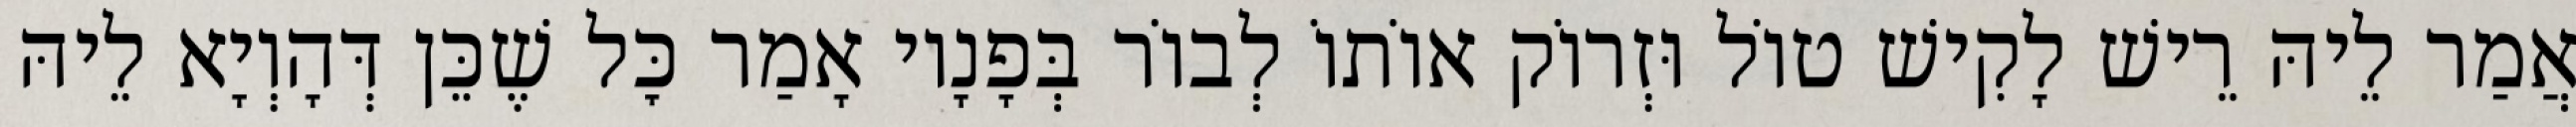
אֲמַר לֵיהּ רֵישׁ לָקִישׁ טוֹל וּזְרוֹק אוֹתוֹ לְבוֹר בְּפָנָיו אָמַר כׇּל שֶׁכֵּן דְּהָוְיָא לֵיהּ